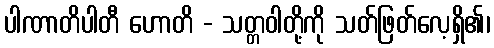
ပါဏာတိပါတီ ဟောတိ - သတ္တဝါတို့ကို သတ်ဖြတ်လေ့ရှိ၏၊